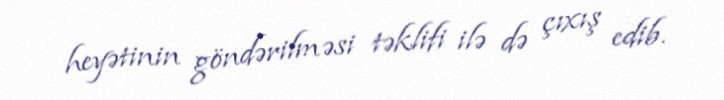
heyətinin göndərilməsi təklifi ilə də çıxış edib.